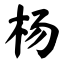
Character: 杨